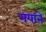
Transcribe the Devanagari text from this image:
मयाने